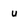
Character: u